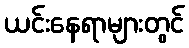
ယင်းနေရာများတွင်